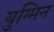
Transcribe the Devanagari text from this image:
युग्मिन